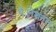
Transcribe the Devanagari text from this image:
थे।नेशनल